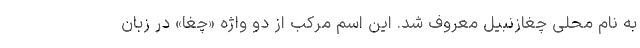
به نام محلی چغازنبیل معروف شد. این اسم مرکب از دو واژه «چُغا» در زبان